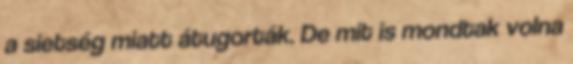
a sietség miatt átugorták. De mit is mondtak volna